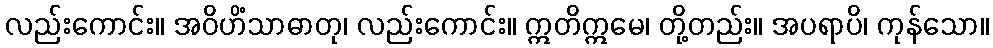
လည်းကောင်း။ အဝိဟိံသာဓာတု၊ လည်းကောင်း။ ဣတိဣမေ၊ တို့တည်း။ အပရာပိ၊ ကုန်သော။